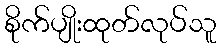
စိုက်ပျိုးထုတ်လုပ်သူ